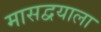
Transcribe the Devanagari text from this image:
मासद्वयाला